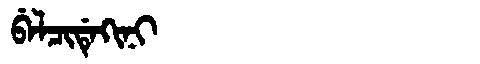
Manchu: ᠪᡝᠯᠴᡳᡩᡝᡴᡳᠨᡳ
Romanization: BELCIDEKINI